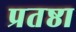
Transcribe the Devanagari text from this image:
प्रतष्ठा